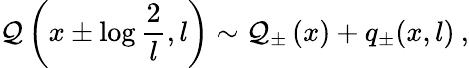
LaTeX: {\cal Q}\left(x\pm\log\displaystyle\frac{2}{l},l\right)\sim{\cal Q}_{\pm}\left(x\right)+q_{\pm}(x,l)\: ,